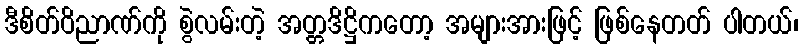
ဒီစိတ်ဝိညာဏ်ကို စွဲလမ်းတဲ့ အတ္တဒိဋ္ဌိကတော့ အများအားဖြင့် ဖြစ်နေတတ် ပါတယ်၊